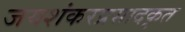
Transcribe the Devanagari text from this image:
जयशंकरप्रसादकृत